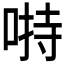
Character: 𱓙